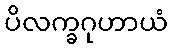
ပိလက္ခဂုဟာယံ